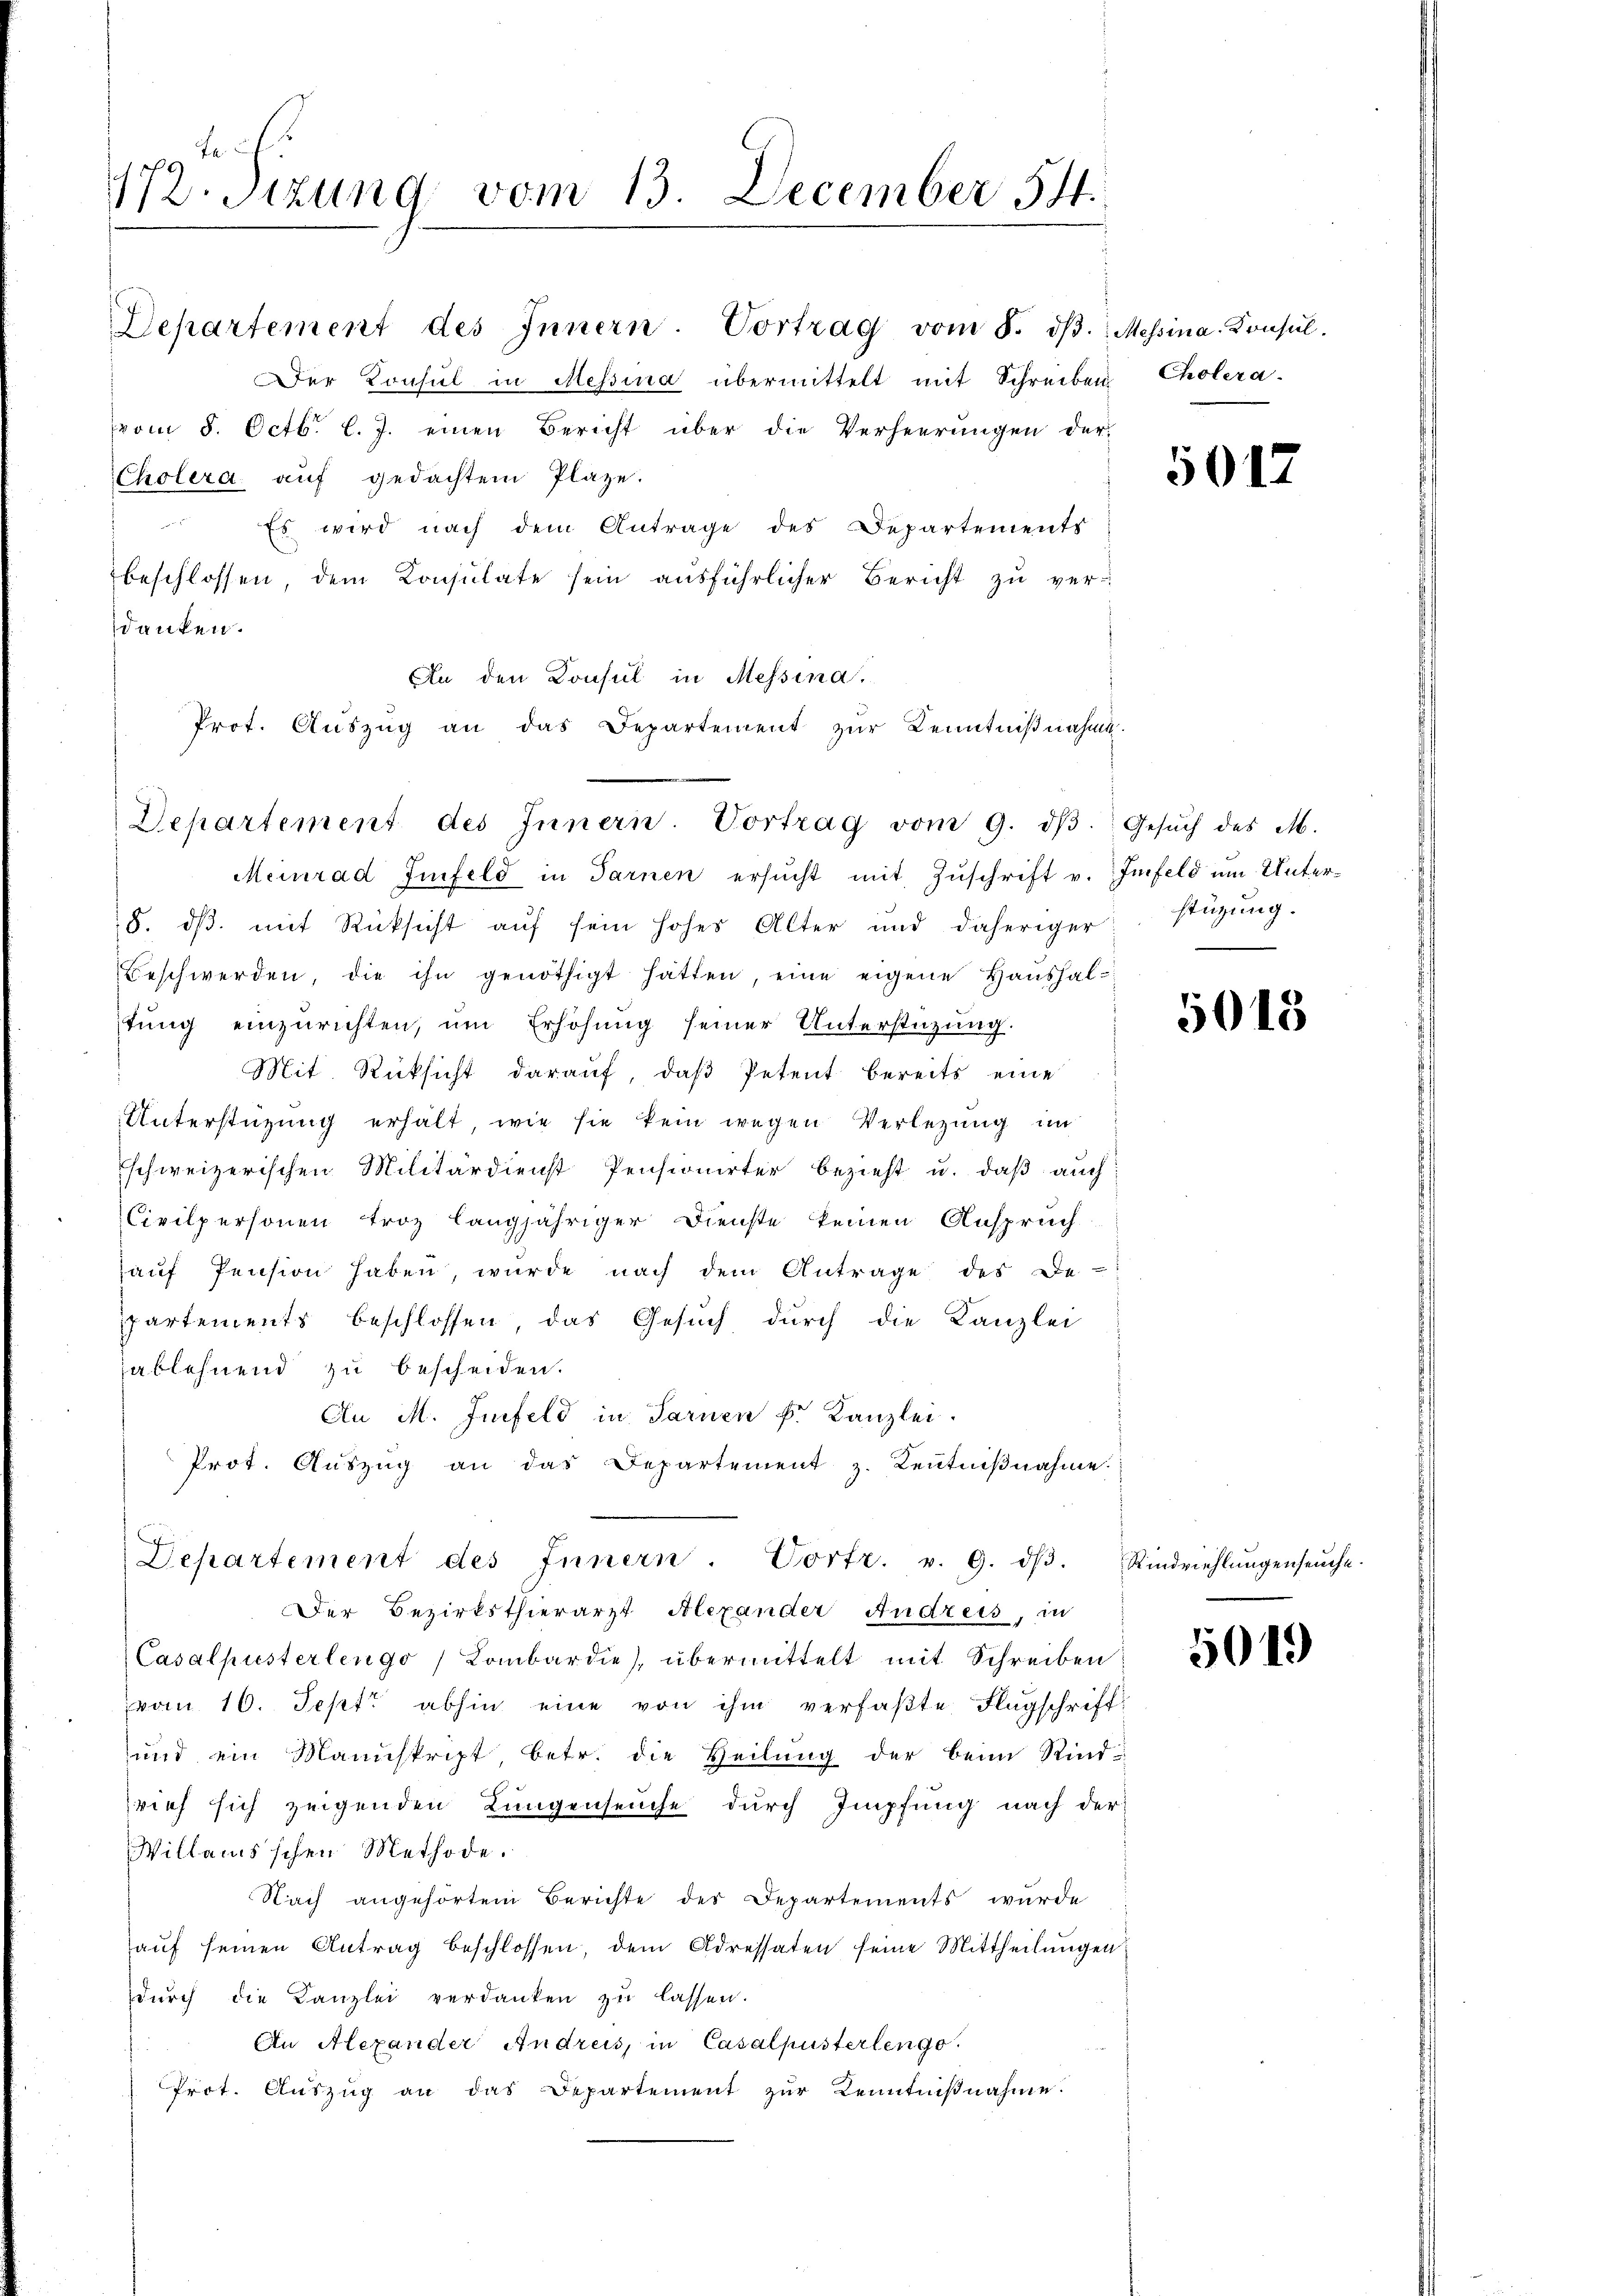
172. Sitzung vom 13. December 54.

Departement des Innern. Vortrag vom 8. dβ. Messina-Konsul
Der Konsul in Messina übermittelt mit Schreiben Cholera.
vom 8. Octb. l. J. einen Bericht über die Verheerungen der
Cholera auf gedachtem Plaze.
Es wird nach dem Antrage des Departements
beschlossen dem Consulate sein ausführlicher Bericht zu verdanken.
Meinrad Iinfeld in Sarnen ersŭcht mit Zŭschrift v. Infeld um Unter¬
8. dβ. mit Rücksicht auf sein hohes Alter und daheriger stügŭng.
Beschwerden, die ihn genöthigt hätten, eine eigene Haushaltŭng einzurichten, ŭm Erhöhŭng seiner Unterstüzung.
Mit Rücksicht darauf, daß Petent bereits eine
Unterstüzung erhält, wie sie kein wegen Verlegung im
schweizerischen Militärdienst Pensionirter bezieht u. daß auch
Civilpersonen troz langjähriger Dienste keinen Anspruch
haŭf Pension haben, würde nach dem Antrage des De-
partements beschlossen, das Gesuch durch die Kanzlei
ablehnend zu bescheiden.
An M. Infeld in Sarnen Fr. Kanzlei.
Prot. Aŭszŭg an das Departement z. Keṅtniβnahme.
Departement des Innern. Vortr. v. 9. dβ. Rindviehlŭngenseuche.
Der Bezirksthierarzt Alexander Andreis, in
Casalpusterlengo) Lombardie, übermittelt mit Schreiben
vom 10. Sept. abhin eine von ihm verfaßte Flugschrift
und ein Manuskript betr. die Heilŭng der beim Rind-
srief sich zeigenden Lungenseuche durch Impfung nach der
Willamsschen Methode.
Nach angehörtem Berichte der Departements wurde
aŭf seinen Antrag beschlossen, dem Adressaten seine Mittheilungen
dŭrch die Kanzlei verdanken zu lassen.
An Alexander Andreis, in Casalpusterlenge.
Prot. Aŭszŭg an das Departement zŭr Kenntniβnahme.

An den Konsul in Messina,
Prot. Aŭszŭg an das Departement zur Kenntnißnahme.
Departement des Innern. Vortrag vom 9. dβ. Gesŭch des M.

5012

5015

5019